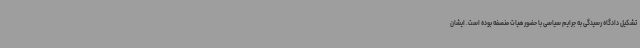
تشکیل دادگاه رسیدگی به جرایم سیاسی با حضور هیات منصفه بوده است. ایشان